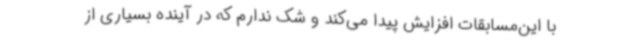
با این‌مسابقات افزایش پیدا می‌کند و شک ندارم که در آینده بسیاری از